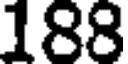
188